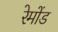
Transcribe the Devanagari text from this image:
रेमोंड